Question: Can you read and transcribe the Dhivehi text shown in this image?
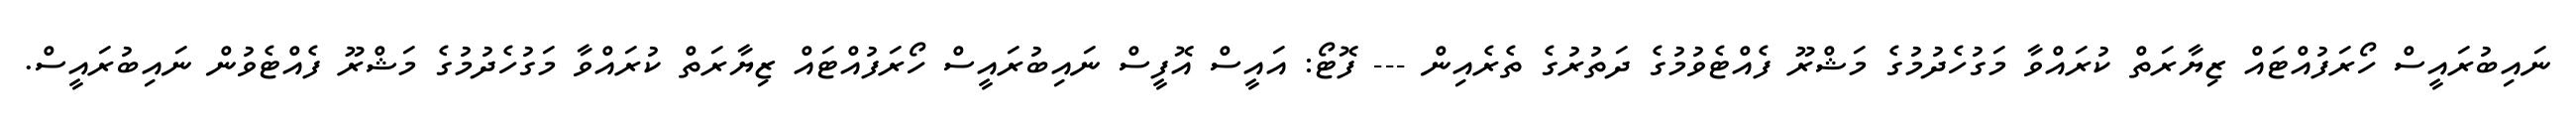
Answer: ނައިބުރައީސް ހޯރަފުއްޓައް ޒިޔާރަތް ކުރައްވާ މަގުހެދުމުގެ މަޝްރޫ ފެއްޓެވުމުގެ ދަތުރުގެ ތެރެއިން --- ފޮޓޯ: އައީސް އޮފީސް ނައިބުރައީސް ހޯރަފުއްޓައް ޒިޔާރަތް ކުރައްވާ މަގުހެދުމުގެ މަޝްރޫ ފެއްޓެވުން ނައިބުރައީސް.